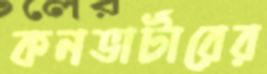
কনভার্টারের